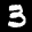
Label: 3